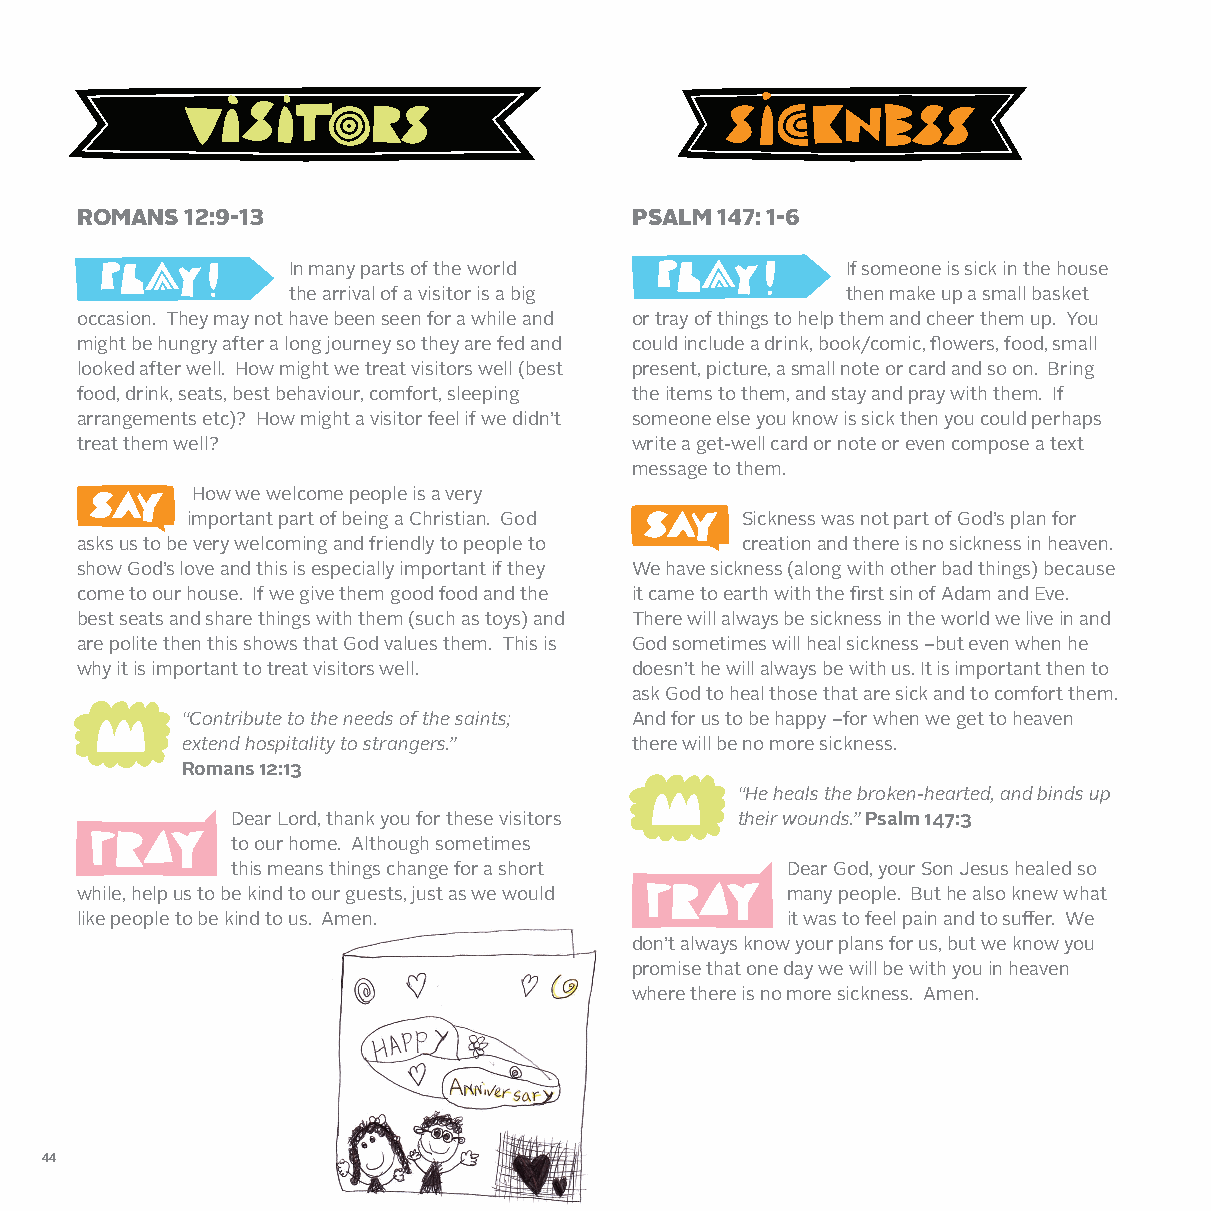
ROMANS 12:9-13                       PSALM 147: 1-6
 In many parts of the world           If someone is sick in the house
 the arrival of a visitor is a big    then make up a small basket
 occasion. They may not have been seen for a while and or tray of things to help them and cheer them up. You
 might be hungry after a long journey so they are fed and could include a drink, book/comic, flowers, food, small
 looked after well. How might we treat visitors well (best present, picture, a small note or card and so on. Bring
 food, drink, seats, best behaviour, comfort, sleeping the items to them, and stay and pray with them. If
 arrangements etc)? How might a visitor feel if we didn’t someone else you know is sick then you could perhaps
 treat them well?                     write a get-well card or note or even compose a text
 message to them.
 How we welcome people is a very
 important part of being a Christian. God Sickness was not part of God’s plan for
 asks us to be very welcoming and friendly to people to creation and there is no sickness in heaven.
 show God’s love and this is especially important if they We have sickness (along with other bad things) because
 come to our house. If we give them good food and the it came to earth with the first sin of Adam and Eve.
 best seats and share things with them (such as toys) and There will always be sickness in the world we live in and
 are polite then this shows that God values them. This is God sometimes will heal sickness –but even when he
 why it is important to treat visitors well. doesn’t he will always be with us. It is important then to
 ask God to heal those that are sick and to comfort them.
 “Contribute to the needs of the saints; And for us to be happy –for when we get to heaven
 extend hospitality to strangers.” there will be no more sickness.
 Romans 12:13
 “He heals the broken-hearted, and binds up
 Dear Lord, thank you for these visitors their wounds.” Psalm 147:3
 to our home. Although sometimes
 this means things change for a short Dear God, your Son Jesus healed so
 while, help us to be kind to our guests, just as we would many people. But he also knew what
 like people to be kind to us. Amen.            it was to feel pain and to suffer. We
 don’t always know your plans for us, but we know you
 promise that one day we will be with you in heaven
 where there is no more sickness. Amen.
 44